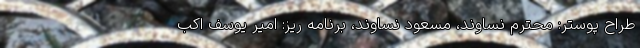
طراح پوستر: محترم نساوند، مسعود نساوند، برنامه ریز: امیر یوسف اکب